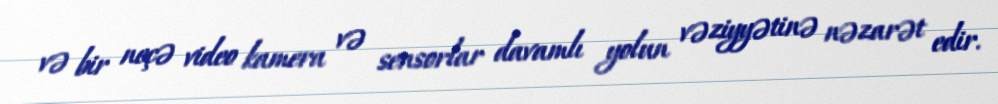
və bir neçə video kamera və sensorlar davamlı yolun vəziyyətinə nəzarət edir.